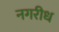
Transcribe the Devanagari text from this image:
नगरीध